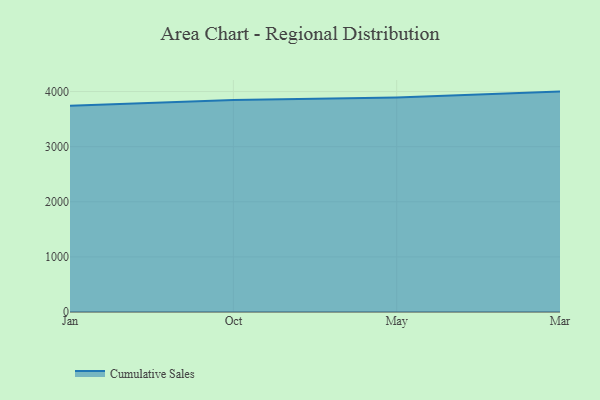
{"axis": {"x": "Month", "y": "Gross Profit (USD K)"}, "legend": ["Cumulative Sales"], "data": [{"x": "Jan", "y": 3741.9, "type": "Cumulative Sales"}, {"x": "Oct", "y": 3846.1, "type": "Cumulative Sales"}, {"x": "May", "y": 3890.0, "type": "Cumulative Sales"}, {"x": "Mar", "y": 3998.8, "type": "Cumulative Sales"}]}